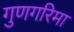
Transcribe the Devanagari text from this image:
गुणगरिमा